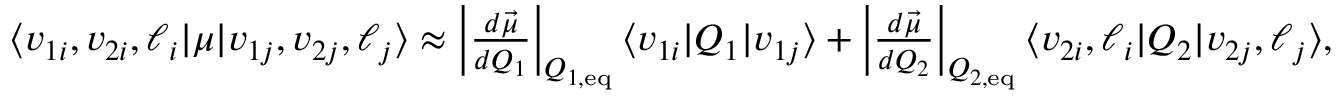
\begin{array} { r } { \langle v _ { 1 i } , v _ { 2 i } , \ell _ { i } \lvert \mu \lvert v _ { 1 j } , v _ { 2 j } , \ell _ { j } \rangle \approx \left| \frac { d \vec { \mu } } { d Q _ { 1 } } \right| _ { Q _ { 1 , \mathrm { e q } } } \langle v _ { 1 i } \lvert Q _ { 1 } \lvert v _ { 1 j } \rangle + \left| \frac { d \vec { \mu } } { d Q _ { 2 } } \right| _ { Q _ { 2 , \mathrm { e q } } } \langle v _ { 2 i } , \ell _ { i } \lvert Q _ { 2 } \lvert v _ { 2 j } , \ell _ { j } \rangle , } \end{array}